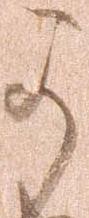
可